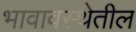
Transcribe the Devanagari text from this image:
भावावस्थेतील